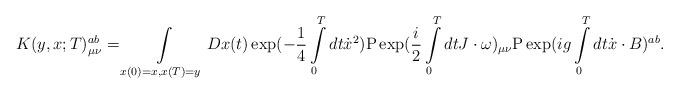
LaTeX: \begin{align*}K(y,x;T)_{\mu \nu }^{ab} = \int\limits_{x(0) = x,x(T) = y} {Dx(t)\exp( - \frac{1}{4}\int\limits_0^T {dt\dot x^2 }}) {\rm P}\exp(\frac{i}{2}\int\limits_0^T {dtJ \cdot \omega)_{\mu \nu }}{\rm P}\exp(ig\int\limits_0^T {dt\dot x \cdot B)^{ab} }.\end{align*}